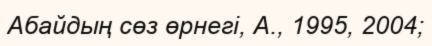
Абайдың сөз өрнегі, А., 1995, 2004;